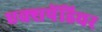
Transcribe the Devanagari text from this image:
एक्‍सपेंडिचर